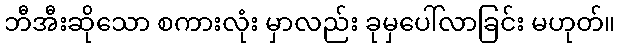
ဘီအီးဆိုသော စကားလုံး မှာလည်း ခုမှပေါ်လာခြင်း မဟုတ်။